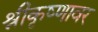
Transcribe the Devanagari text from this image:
श्रीकृष्णावर